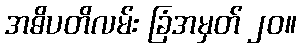
အဓိပတိလမ်း ခြံအမှတ် ၂၀။